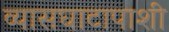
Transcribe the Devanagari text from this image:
व्यासघाटापाशी